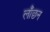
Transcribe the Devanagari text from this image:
लाँछन